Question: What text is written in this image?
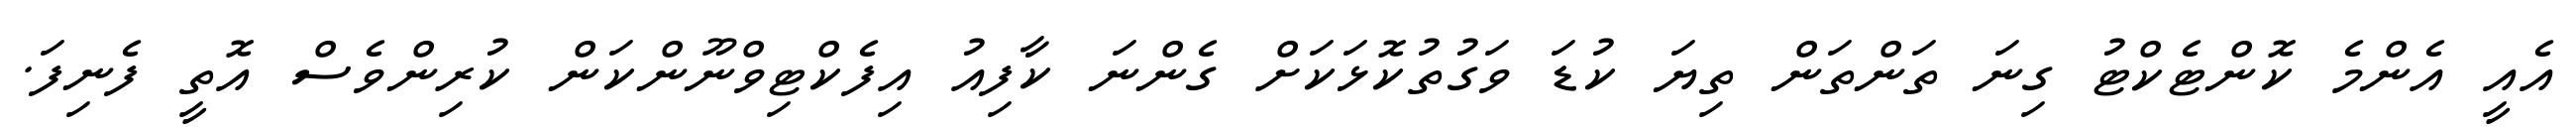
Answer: އެއީ އެންމެ ކޮންޓެކްޓު ގިނަ ތަންތަން ތިޔަ ކުޑަ ވަގުތުކޮޅަކަށް ގެންނަ ކާފިއު އިފެކްޓިވްނޫންކަން ކުރިންވެސް އޮތީ ފެނިފަ.